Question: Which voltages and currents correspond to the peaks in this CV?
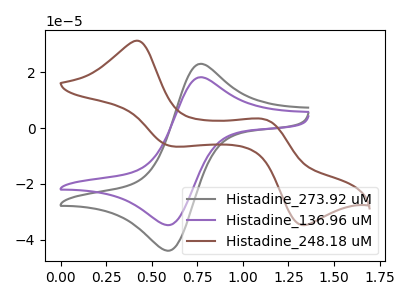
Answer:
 <answer>The gray curve "Histadine_273.92 uM" has an anodic peak at (0.75V, 22.80uA) and a cathodic peak at (0.60V, -43.90uA). The purple curve "Histadine_136.96 uM" has an anodic peak at (0.75V, 18.05uA) and a cathodic peak at (0.60V, -34.75uA). The brown curve "Histadine_248.18 uM" has anodic peaks at (0.40V, 31.25uA) (1.10V, 3.10uA) and cathodic peaks at (0.60V, -6.55uA) (1.35V, -34.75uA).</answer>
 <eval></eval>